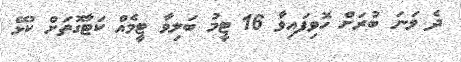
ދެ ވަނަ ބުރަށް ހޮވިފައިވާ 16 ޓީމު ބަލިވާ ޓީމެއް ކަޓާގޮތަށް ކުޅޭ